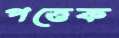
পত্তেক